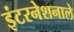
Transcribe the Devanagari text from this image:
इंटरनेशनाले